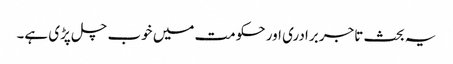
یہ بحث تاجر برادری اور حکومت میں خوب چل پڑی ہے۔